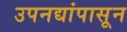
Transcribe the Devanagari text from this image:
उपनद्यांपासून